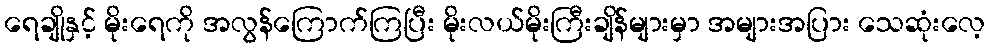
ရေချိုနှင့် မိုးရေကို အလွန်ကြောက်ကြပြီး မိုးလယ်မိုးကြီးချိန်များမှာ အများအပြား သေဆုံးလေ့